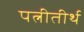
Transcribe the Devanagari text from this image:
पत्नीतीर्थ